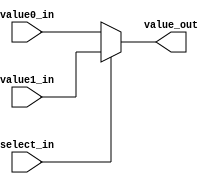
module MUX5_2X1
  (
   value_out,
   value0_in, 
   value1_in, 
   select_in
   );
   
   parameter MUX_delay = 4;  

   output [4:0] value_out;					
   reg [4:0] 	value_out;
   
   input [4:0]  value0_in, value1_in;
   input 	select_in;	
      
   always@*
     begin
	#MUX_delay;
	
	if (~select_in)
	  value_out = value0_in;
	else
	  value_out = value1_in;
     end

endmodule // MUX5_2X1